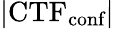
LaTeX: |\textrm{CTF}_{\textrm{conf}}|